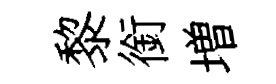
黎銜増